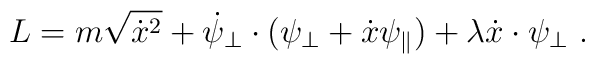
L =  m\sqrt{\dot x^2}  + \dot\psi_\perp\cdot(\psi_\perp + \dot x\psi_\parallel) + \lambda\dot x\cdot\psi_\perp \ .